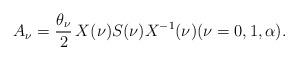
LaTeX: \begin{align*}A_\nu=\frac{\theta_\nu}{2}\, X(\nu) S(\nu) X^{-1}(\nu)(\nu=0,1,\alpha).\end{align*}